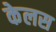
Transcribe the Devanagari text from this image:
केलस